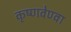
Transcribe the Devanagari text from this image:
कृष्णवेण्वा